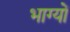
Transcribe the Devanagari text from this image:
भाग्यों